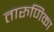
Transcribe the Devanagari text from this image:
तारुणिका